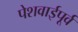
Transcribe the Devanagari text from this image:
पेशवाईपूर्व